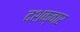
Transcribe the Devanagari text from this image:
दशक्वार